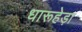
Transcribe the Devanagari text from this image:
धारूहेड़ा